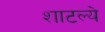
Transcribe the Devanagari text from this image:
शाटल्ये